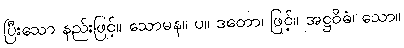
ပြီးသော နည်းဖြင့်။ သောမန။ ပ။ ဒတော၊ ဖြင့်။ အဋ္ဌဝိဓံ၊ သော။